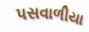
પસવાળીયા